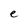
Character: e